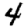
Digit: 4